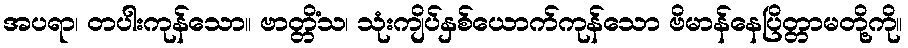
အပရာ၊ တပါးကုန်သော။ ဗာတ္တိံသ၊ သုံးကျိပ်နှစ်ယောက်ကုန်သော ဗိမာန်နေပြိတ္တာမတို့ကို။